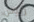
زيوس